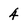
Character: 4